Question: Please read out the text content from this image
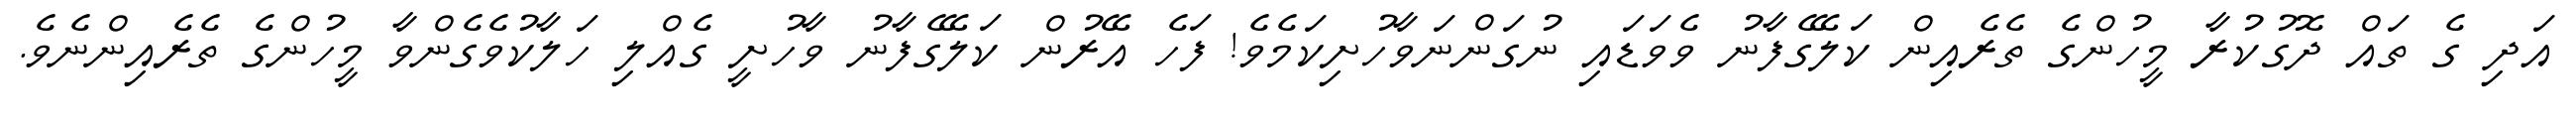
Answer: އަދި ގެ ތައް ދޮގުކުރާ މީހުންގެ ތެރެއިން ކަލޭގެފާނު ވެވަޑައި ނުގަންނަވާހުށިކަމެވެ! ފަހެ އޭރުން ކަލޭގެފާނު ވާހުށީ ގެއްލި ހަލާކުވެގެންވާ މީހުންގެ ތެރެއިންނެވެ.